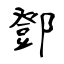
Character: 鄧